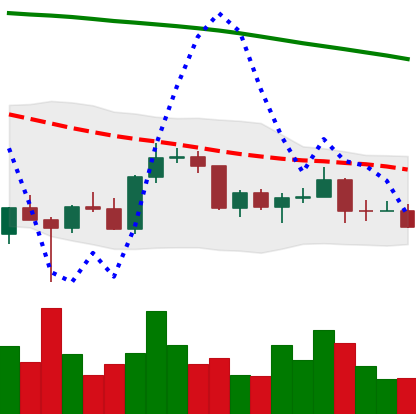
Ticker: BNB-USD
Chart end date: 2022-03-13
Forward return: 9.892%
Label: up_7plus